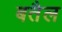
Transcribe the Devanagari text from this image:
बतैल